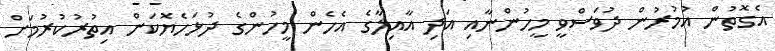
އެގޮތުން އުމުރުން ދުވަސްވީ މީހުންނާއި އަދި އާއިލާގެ އެހެން މީހުންގެ ދުޅަހެޔޮކަން އިތުރުކުރުމަށް